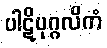
ပါဋိပုဂ္ဂလိကံ